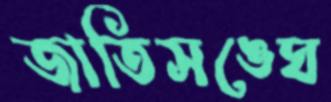
জাতিসঙ্ঘে